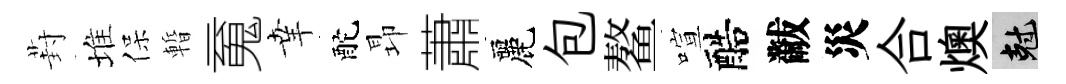
葑堆保暫䰟𦍒酡昻蕭麗包鳌喧醅黻災合燠剋